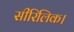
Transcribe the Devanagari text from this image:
सीरिलिक।